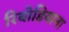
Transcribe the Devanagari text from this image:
रिबोडियाना